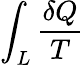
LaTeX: \int_{L}{\frac{\delta Q}{T}}